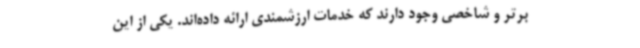
برتر و شاخصی وجود دارند که خدمات ارزشمندی ارائه داده‌اند. یکی از این